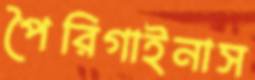
পৈরিগাইনাস